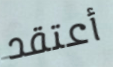
أعتقد